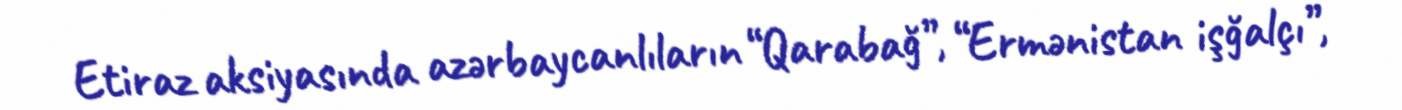
Etiraz aksiyasında azərbaycanlıların “Qarabağ”, “Ermənistan işğalçı”,